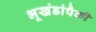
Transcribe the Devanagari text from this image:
भूखंडांपैकी